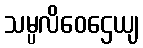
သမ္ပလိဝေဌေယျ